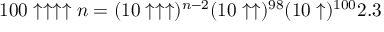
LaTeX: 1 0 0 \uparrow \uparrow \uparrow \uparrow n = ( 1 0 \uparrow \uparrow \uparrow ) ^ { n - 2 } ( 1 0 \uparrow \uparrow ) ^ { 9 8 } ( 1 0 \uparrow ) ^ { 1 0 0 } 2 . 3